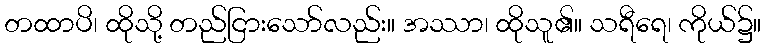
တထာပိ၊ ထိုသို့ တည်ငြားသော်လည်း။ အဿာ၊ ထိုသူ၏။ သရီရေ၊ ကိုယ်၌။